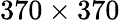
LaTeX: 370\times 370